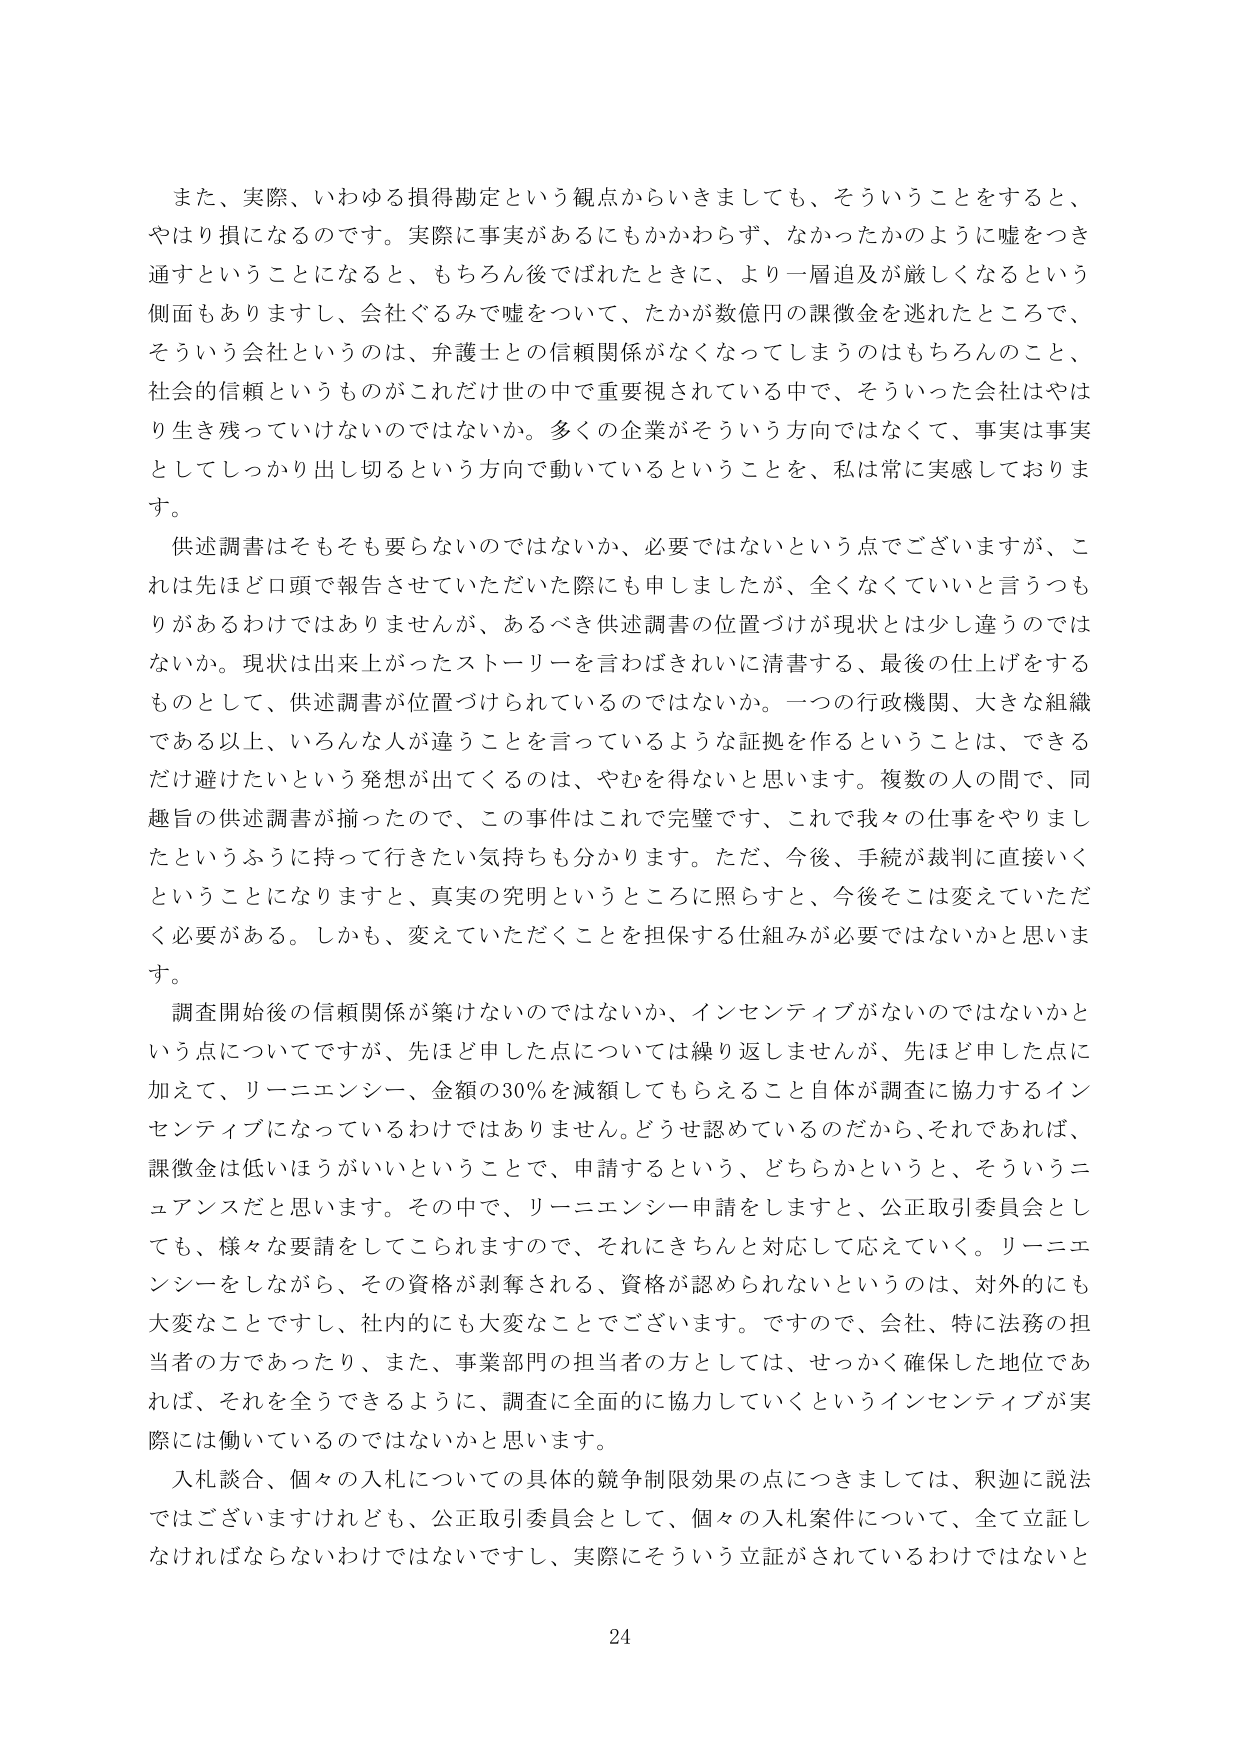
また、実際、いわゆる損得勘定という観点からいきましても、そういうことをすると、やはり損になるのです。実際に事実があるにもかかわらず、なかったかのように嘘をつき通すということになると、もちろん後でばれたときに、より一層追及が厳しくなるという側面もありますし、会社ぐるみで嘘をついて、たかが数億円の課徴金を逃れたところで、そういう会社というのは、弁護士との信頼関係がなくなってしまうのはもちろんのこと、社会的信頼というものがこれだけ世の中で重要視されている中で、そういった会社はやはり生き残っていけないのではないか。多くの企業がそういう方向ではなくて、事実は事実としてしっかり出し切るという方向で動いているということを、私は常に実感しております。

供述調書はそもそも要らないのではないか、必要ではないという点でございますが、これは先ほど口頭で報告させていただいた際にも申しましたが、全くなくていいと言うつもりがあるわけではありませんが、あるべき供述調書の位置づけが現状とは少し違うのではないか。現状は出来上がったストーリーを言わばきれいに清書する、最後の仕上げをするものとして、供述調書が位置づけられているのではないか。一つの行政機関、大きな組織である以上、いろんな人が違うことを言っているような証拠を作ることは、できるだけ避けたいという発想が出てくるのは、やむを得ないと思います。複数の人の間で、同趣旨の供述調書が揃ったので、この事件はこれで完璧です、これで我々の仕事をやりましたというふうに持って行きたい気持ちも分かります。ただ、今後、手続が裁判に直接いくということになりますと、真実の究明というところに照らすと、今後そこは変えていただく必要がある。しかも、変えていただくことを担保する仕組みが必要ではないかと思います。

調査開始後の信頼関係が築けないのではないか、インセンティブがないのではないかという点についてですが、先ほど申しした点については繰り返しませんが、先ほど申しした点に加えて、リーニエンシー、金額の30％を減額してもらえること自体が調査に協力するインセンティブになっているわけではありません。どうせ認めているのだから、それであれば、課徴金は低いほうがいいということで、申請するという、どちらかというと、そういうニュアンスだと思います。その中で、リーニエンシー申請をしますと、公正取引委員会としても、様々な要請をしてこられますので、それにきちんと対応して応えていく。リーニエンシーをしながら、その資格が剥奪される、資格が認められないというのは、対外的にも大変なことですし、社内的にも大変なことでございます。ですので、会社、特に法務の担当者の方であったり、また、事業部門の担当者の方としては、せっかく確保した地位であれば、それを全うできるように、調査に全面的に協力していくというインセンティブが実際には働いているのではないかと思います。

入札談合、個々の入札についての具体的競争制限効果の点につきましては、釈迦に説法ではございますけれども、公正取引委員会として、個々の入札案件について、全て立証しなければならないわけではないですし、実際にそういう立証がされているわけではないと

24